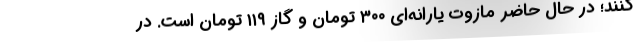
کنند؛ در حال حاضر مازوت یارانه‌ای ۳۰۰ تومان و گاز ۱۱۹ تومان است. در